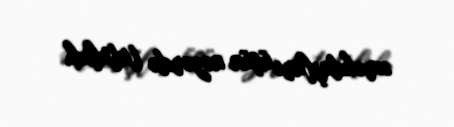
əməkdaşları üçün nəzərdə tutulub.